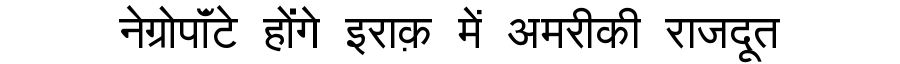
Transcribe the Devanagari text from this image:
नेग्रोपॉंटे होंगे इराक़ में अमरीकी राजदूत